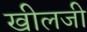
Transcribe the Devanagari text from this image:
खीलजी